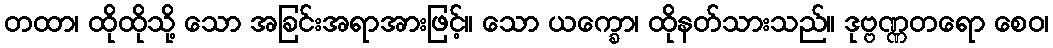
တထာ၊ ထိုထိုသို့ သော အခြင်းအရာအားဖြင့်။ သော ယက္ခော၊ ထိုနတ်သားသည်။ ဒုဗ္ဗဏ္ဏတရော စေဝ၊